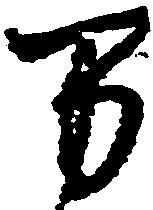
万